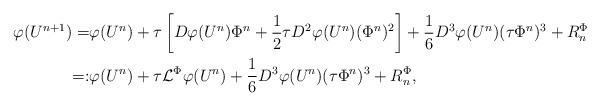
LaTeX: \begin{align*}\varphi(U^{n+1})=&\varphi(U^n)+\tau\left[D\varphi(U^n)\Phi^n+\frac12\tau D^2\varphi(U^n)(\Phi^n)^2\right]+\frac16D^3\varphi(U^n)(\tau\Phi^n)^3+R^\Phi_n\\=:&\varphi(U^n)+\tau\mathcal{L}^\Phi\varphi(U^n)+\frac16D^3\varphi(U^n)(\tau\Phi^n)^3+R^\Phi_n,\end{align*}